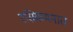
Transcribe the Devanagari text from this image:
रसिकमनात